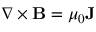
\nabla \times \mathbf { B } = \mu _ { 0 } \mathbf { J }